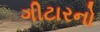
ગીટારનો